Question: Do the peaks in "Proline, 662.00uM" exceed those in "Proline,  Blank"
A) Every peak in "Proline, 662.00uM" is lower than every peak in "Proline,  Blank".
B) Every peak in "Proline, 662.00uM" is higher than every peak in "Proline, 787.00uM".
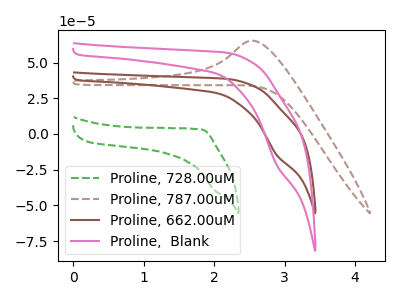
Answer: <think>The green dashed curve "Proline, 728.00uM" has no peaks. The brown dashed curve "Proline, 787.00uM" has an anodic peak at: (2.55V, 65.30uA). The brown curve "Proline, 662.00uM" has a cathodic peak at: (2.90V, -14.70uA). The pink curve "Proline,  Blank" has a cathodic peak at: (2.90V, -21.65uA).</think>
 <answer>A) Every peak in "Proline, 662.00uM" is lower than every peak in "Proline,  Blank".</answer>
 <eval>A</eval>